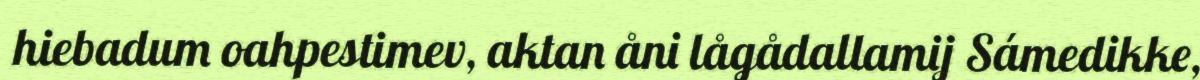
hiebadum oahpestimev, aktan åni lågådallamij Sámedikke,